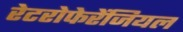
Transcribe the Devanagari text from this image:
रेटरोफेरेंजियल